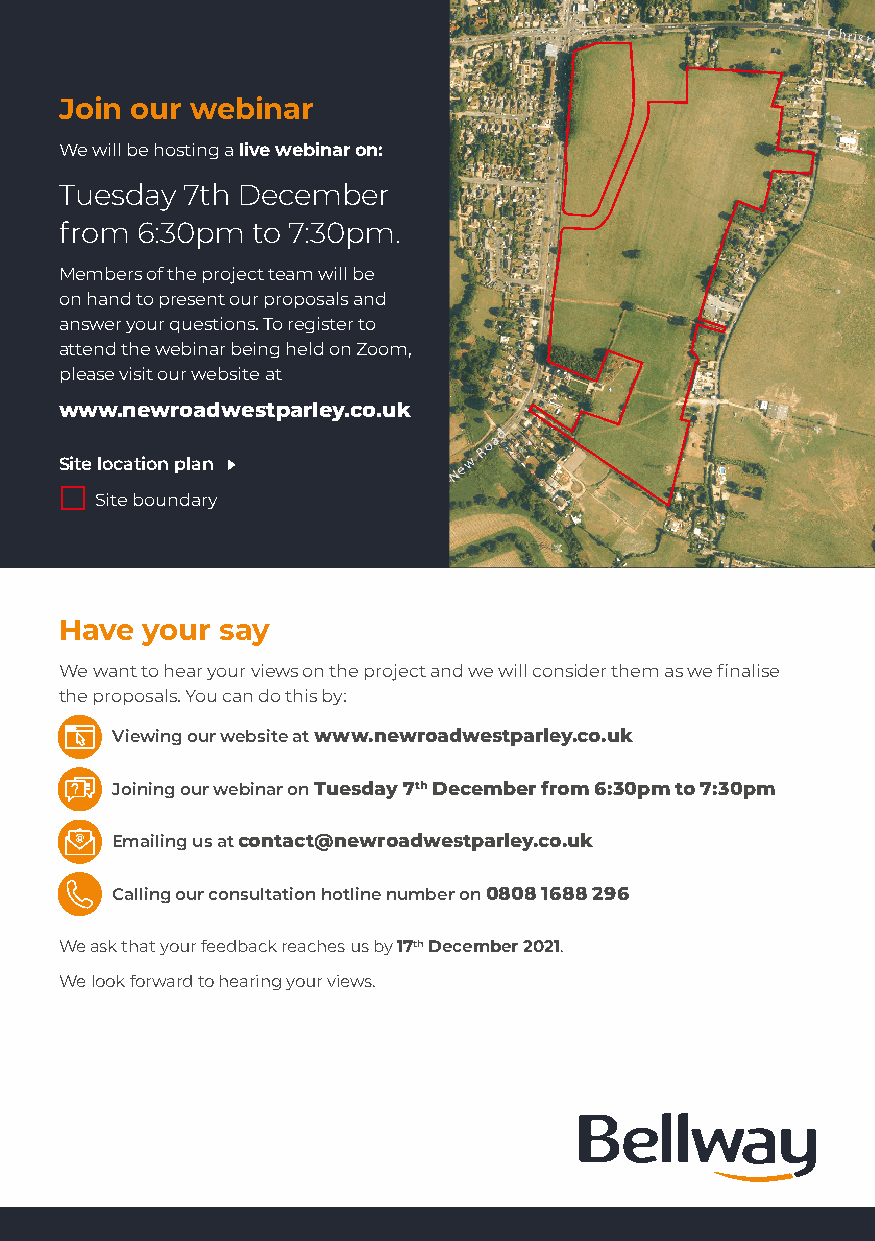
Christchurch
 Road
 Join our webinar
 We will be hosting a live webinar on:
 Tuesday 7th December
 from 6:30pm  to 7:30pm.
 Members of the project team will be
 on hand to present our proposals and
 answer your questions. To register to
 attend the webinar being held on Zoom,
 please visit our website at
 www.newroadwestparley.co.uk
 d
 oa
 Site locati So in
 te
 p bl oa un
 ndary
 New
 R
 Site boundary
 Have your  say
 We want to hear your views on the project and we will consider them as we finalise
 the proposals. You can do this by:
 Viewing our website at www.newroadwestparley.co.uk
 Joining our webinar on Tuesday 7th December from 6:30pm to 7:30pm
 Emailing us at contact@newroadwestparley.co.uk
 Calling our consultation hotline number on 0808 1688 296
 We ask that your feedback reaches us by 17th December 2021.
 We look forward to hearing your views.